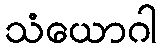
သံယောဂါ